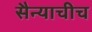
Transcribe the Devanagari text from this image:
सैन्याचीच